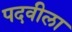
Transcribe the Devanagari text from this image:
पदवीला